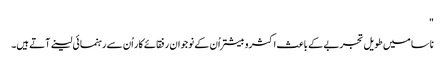
"
ناسا میں طویل تجربے کے باعث اکثروبیشتر اُن کے نوجوان رفقائے کار اُن سے رہنمائی لینے آتے ہیں۔